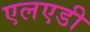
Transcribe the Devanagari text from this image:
एलएडी